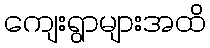
ကျေးရွာများအထိ